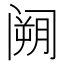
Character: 𮸧